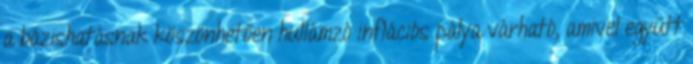
a bázishatásnak köszönhetően hullámzó inflációs pálya várható, amivel együtt